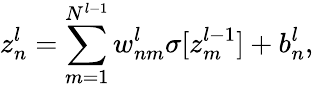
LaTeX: z_{n}^{l}=\sum_{m=1}^{N^{l-1}}w_{nm}^{l}\sigma[z_{m}^{l-1}]+b_{n}^{l},